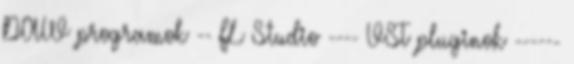
DAW programok -- FL Studio ---- VST pluginok ------